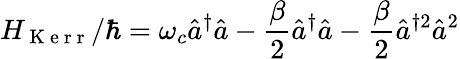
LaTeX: H_{\mathrm{~K~e~r~r~}}/\hbar=\omega_{c}\hat{a}^{\dagger}\hat{a}-\frac{\beta}{2}\hat{a}^{\dagger}\hat{a}-\frac{\beta}{2}\hat{a}^{\dagger 2}\hat{a}^{2}